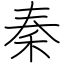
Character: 秦